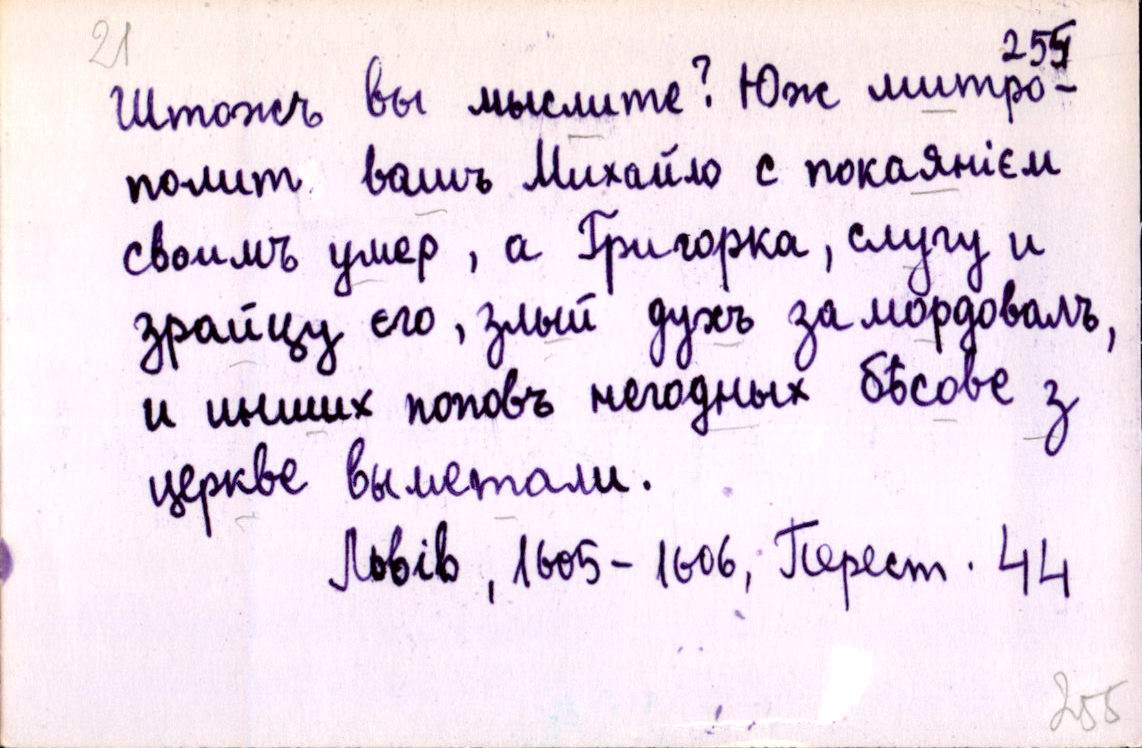
Штожъ вы мыслите? Юж митро-
полит вашъ Михайло с покаянієм
своимъ умер, а Григорка, слугу и
зрайцу єго, злый духъ замордовалъ,
и инших поповъ негодных бѣсове з
церкве выметали.
Львів, 1605-1606, Перест. 44